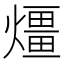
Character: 𤐀